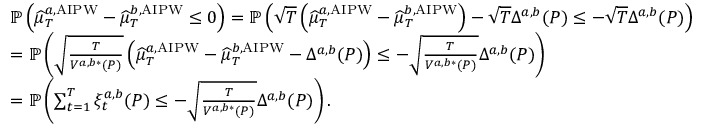
\begin{array} { r l } & { \mathbb { P } \left( \widehat { \mu } _ { T } ^ { a , \mathrm { A I P W } } - \widehat { \mu } _ { T } ^ { b , \mathrm { A I P W } } \leq 0 \right) = \mathbb { P } \left( \sqrt { T } \left( \widehat { \mu } _ { T } ^ { a , \mathrm { A I P W } } - \widehat { \mu } _ { T } ^ { b , \mathrm { A I P W } } \right) - \sqrt { T } \Delta ^ { a , b } ( P ) \leq - \sqrt { T } \Delta ^ { a , b } ( P ) \right) } \\ & { = \mathbb { P } \left( \sqrt { \frac { T } { V ^ { a , b * } ( P ) } } \left( \widehat { \mu } _ { T } ^ { a , \mathrm { A I P W } } - \widehat { \mu } _ { T } ^ { b , \mathrm { A I P W } } - \Delta ^ { a , b } ( P ) \right) \leq - \sqrt { \frac { T } { V ^ { a , b * } ( P ) } } \Delta ^ { a , b } ( P ) \right) } \\ & { = \mathbb { P } \left( \sum _ { t = 1 } ^ { T } \xi _ { t } ^ { a , b } ( P ) \leq - \sqrt { \frac { T } { V ^ { a , b * } ( P ) } } \Delta ^ { a , b } ( P ) \right) . } \end{array}